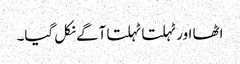
اٹھا اور ٹہلتا ٹہلتا آگے نکل گیا۔